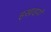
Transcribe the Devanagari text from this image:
इखाइयाँ